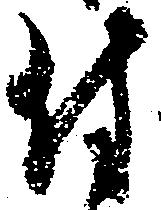
付